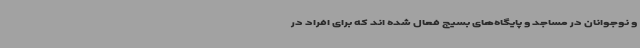
و نوجوانان در مساجد و پایگاه‌های بسیج فعال شده اند که برای افراد در